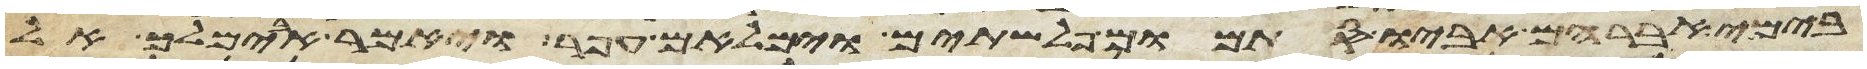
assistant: בימי אברהם אביו סתמום פלשתים וימלאום עפר ויאמר אבימלך אל